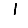
Digit: 1